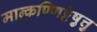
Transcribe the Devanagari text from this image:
मान्कण्णिट्टेषु़त्तु